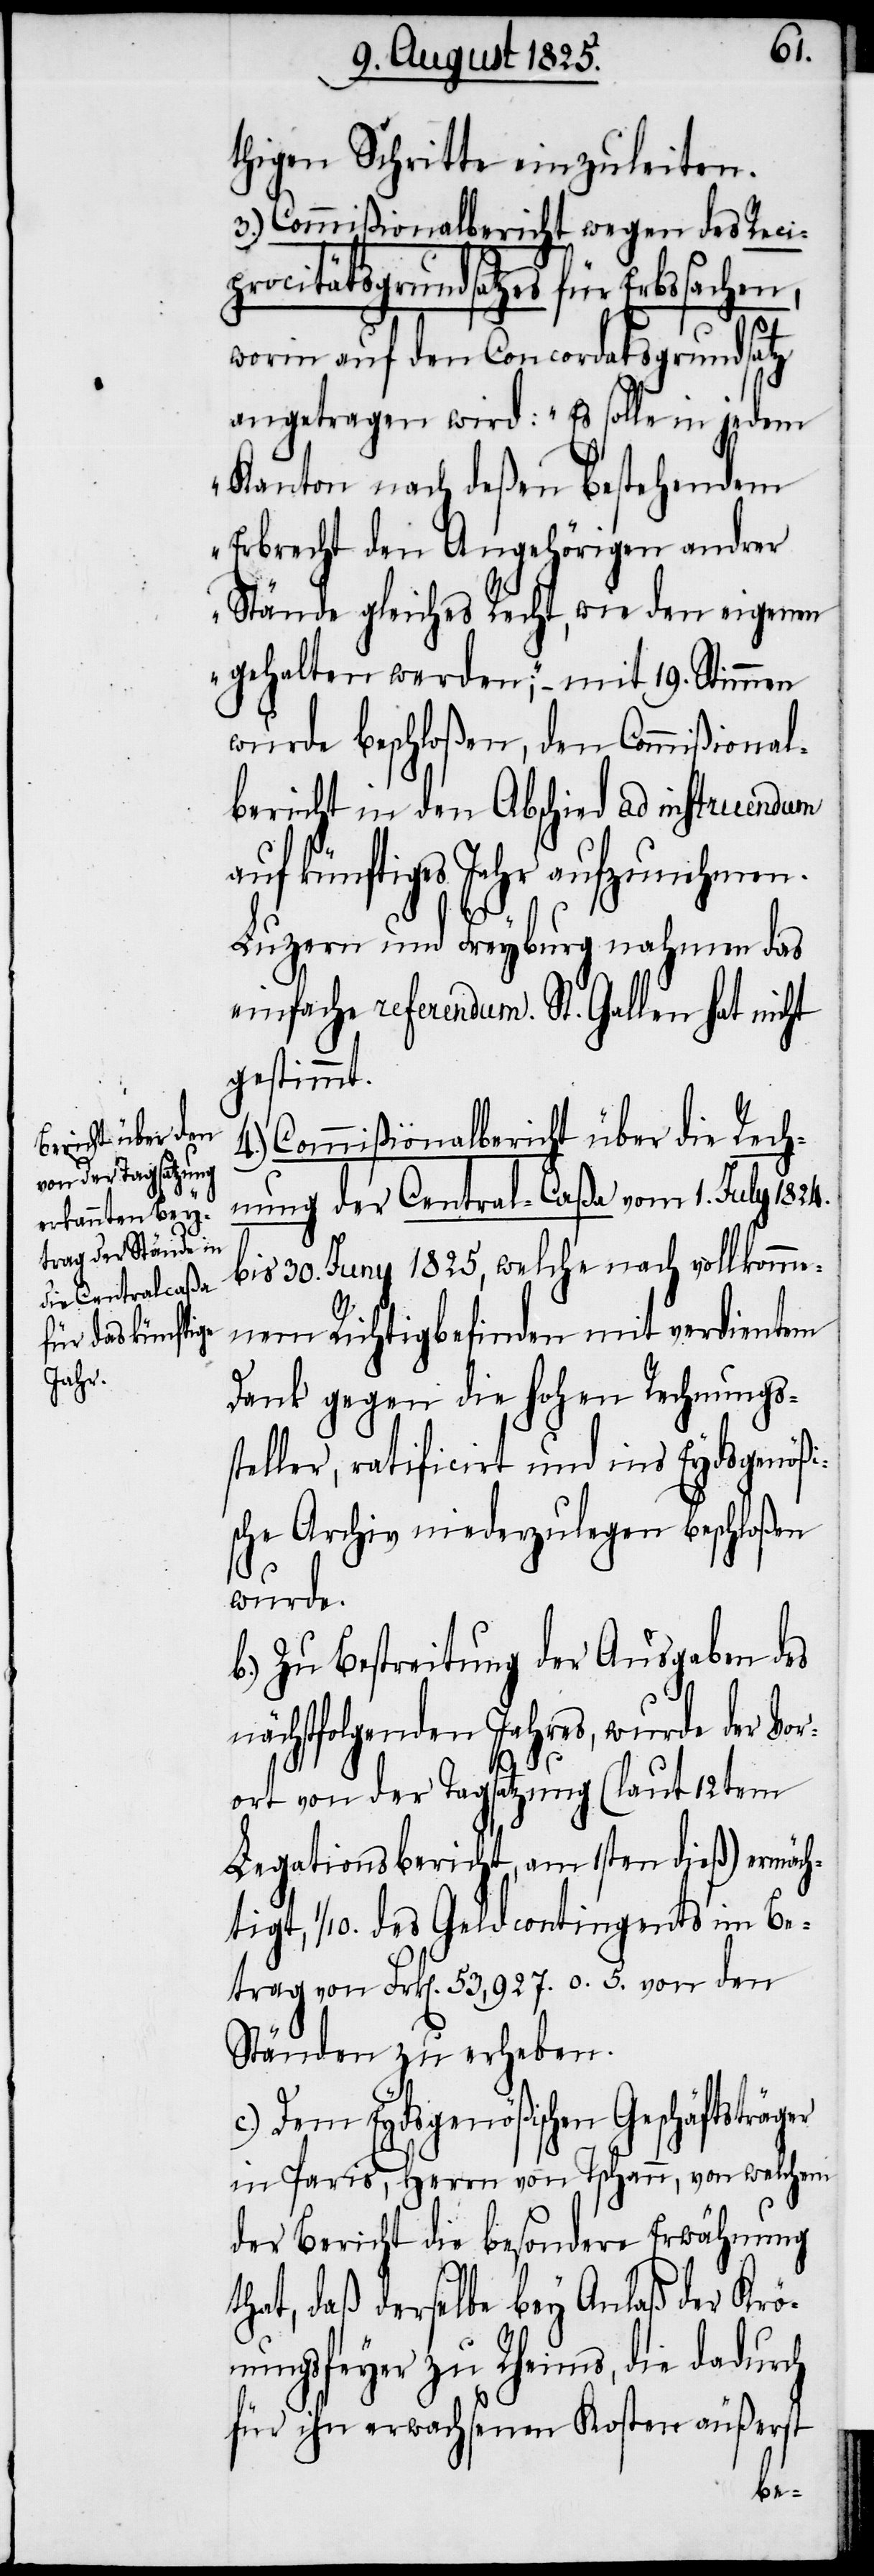
thigen Schritte einzuleiten.
3.) Commißionalbericht wegen des Reci¬
procitätsgrundsatzes für Erbssachen,
worin auf den Concordatsgrundsatz
angetragen wird: „Es solle in jedem
Kanton nach deßen bestehendem
Erbrecht den Angehörigen andrer
Stände gleiches Recht, wie den eigenen
gehalten werden“; – mit 19. Stimmen
wurde beschloßen, den Commißional¬
bericht in den Abschied ad instruendum
auf künftiges Jahr aufzunehmen.
Luzern und Freyburg nahmen das
einfache Referendum. St. Gallen hat nicht
gestimmt.
4.) Commißionalbericht über die Rech¬
nung der Central-Caßa vom 1. July 1824.
bis 30. Juny 1825, welche nach vollkomme¬
nem Richtigbefinden mit verdientem
Dank gegen die hohen Rechnungss¬
teller, ratificirt und ins Eydsgenößi¬
sche Archiv niederzulegen beschloßen
wurde.
b.) Zu Bestreitung der Ausgaben des
nächstfolgenden Jahres, wurde der Vor¬
ort von der Tagsatzung (laut 12ten
Legationsbericht, am 1sten dieß) ermäch¬
tigt, 1/10. des Geldcontingents im Be¬
trag von Frk[en]. 53,927. 0. 5. von den
Ständen zu erheben.
c.) Dem Eydsgenößischen Geschäftsträ¬
in Paris, Herrn von Tschann, von welchem
der Bericht die besondere Erwähnung
that, daß derselbe bey Anlaß der Krö¬
nungsfeyer zu Rheims, die dadurch
für ihn erwachsenen Kosten äußerst
ger